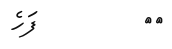
٥٠         ފަހެ